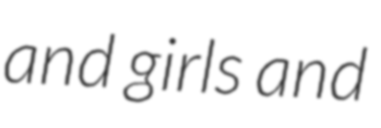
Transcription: and girls and